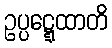
ဥပ္ပဋ္ဋေထာတိ